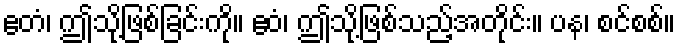
ဧတံ၊ ဤသို့ဖြစ်ခြင်းကို။ ဧဝံ၊ ဤသို့ဖြစ်သည့်အတိုင်း။ ပန၊ စင်စစ်။